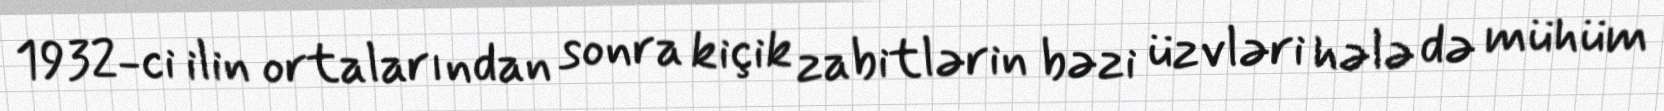
1932-ci ilin ortalarından sonra kiçik zabitlərin bəzi üzvləri hələ də mühüm